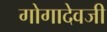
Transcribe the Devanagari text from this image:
गोगादेवजी